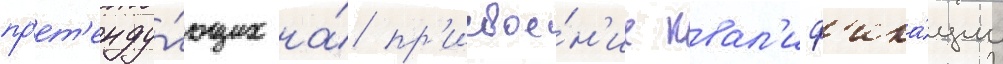
пр'ет'енду́ющих на́ пр'исвое́н'ие квал'иф'ика́ции